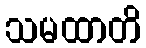
သမထာတိ